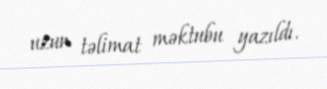
uzun təlimat məktubu yazıldı.